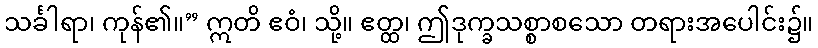
သင်္ခါရာ၊ ကုန်၏။” ဣတိ ဧဝံ၊ သို့။ ဧတ္ထ၊ ဤဒုက္ခသစ္စာစသော တရားအပေါင်း၌။